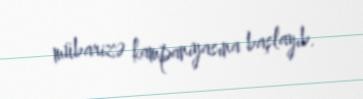
mübarizə kampaniyasına başlayıb.